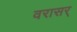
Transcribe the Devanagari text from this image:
वरासर्